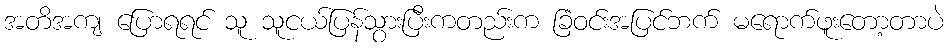
အတိအကျ ပြောရရင် သူ သူငယ်ပြန်သွားပြီးကတည်းက ခြံဝင်းအပြင်ဘက် မရောက်ဖူးတော့တာပဲ